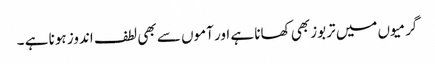
گرمیوں میں تربوز بھی کھانا ہے اور آموں سے بھی لطف اندوز ہونا ہے ۔